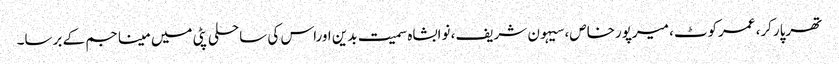
تھرپارکر، عمرکوٹ، میرپورخاص، سیہون شریف، نوابشاہ سمیت بدین اوراس کی ساحلی پٹی میں مینا جم کے برسا۔